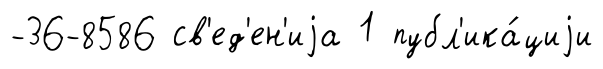
-36-8586 св'ед'ен'иjа 1 публ'ика́циjи